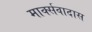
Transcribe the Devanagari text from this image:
मार्क्सवादास